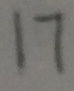
1 7